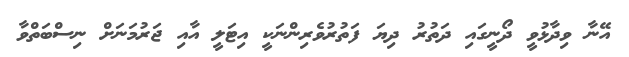
އޭނާ ވިދާޅުވީ ދޯނީގައި ދަތުރު ދިޔަ ފަތުރުވެރިންނަކީ އިޓަލީ އާއި ޖަރުމަނަށް ނިސްބަތްވާ